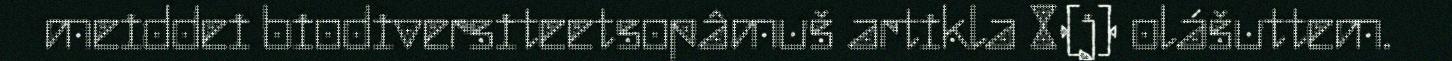
meiddei biodiversiteetsopâmuš artikla 8(j) olášuttem.